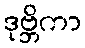
ဒုဗ္ဘိကာ